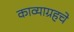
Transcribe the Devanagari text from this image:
काव्याग्रहचे